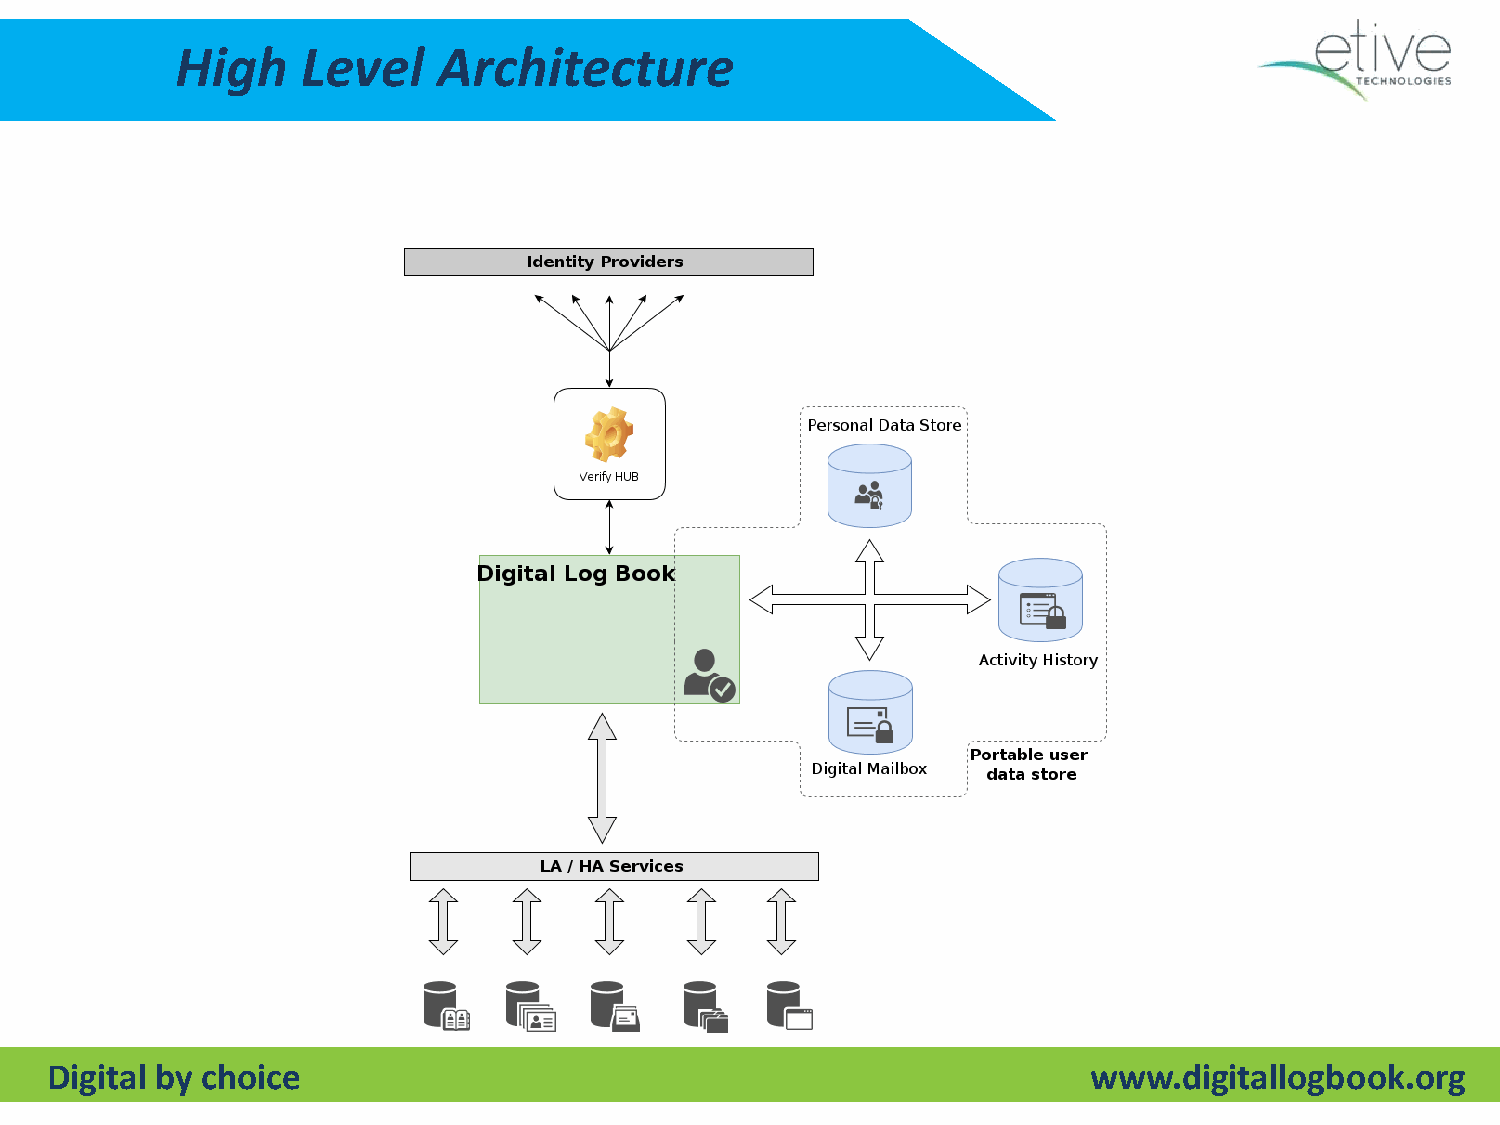
High    Level    Architecture
 Digital by choice                                                    www.digitallogbook.org